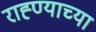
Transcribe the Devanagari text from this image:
राह्ण्याच्या